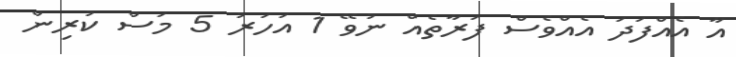
އާ އެއްފަދަ އެެއްވެސް ފަރާތެއް ނުވޭ 1 އަހަރު 5 މަސް ކުރިން